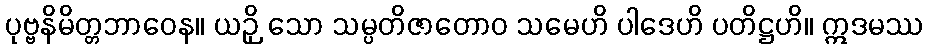
ပုဗ္ဗနိမိတ္တဘာဝေန။ ယဉှိ သော သမ္ပတိဇာတောဝ သမေဟိ ပါဒေဟိ ပတိဋ္ဌဟိ။ ဣဒမဿ